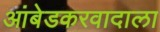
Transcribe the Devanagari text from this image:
आंबेडकरवादाला